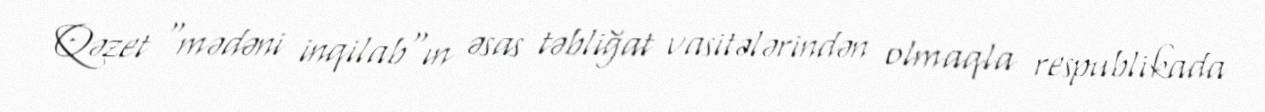
Qəzet "mədəni inqilab"ın əsas təbliğat vasitələrindən olmaqla respublikada